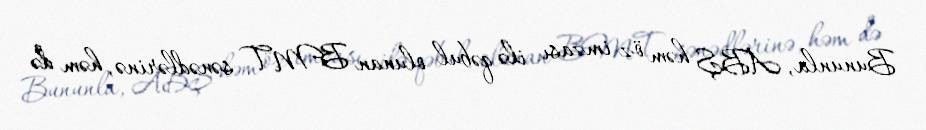
Bununla, ABŞ həm öz imzası ilə qəbul olunan BMT sənədlərinə, həm də